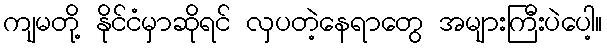
ကျမတို့ နိုင်ငံမှာဆိုရင် လှပတဲ့နေရာတွေ အများကြီးပဲပေါ့။